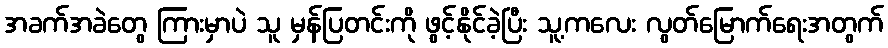
အခက်အခဲတွေ ကြားမှာပဲ သူ မှန်ပြတင်းကို ဖွင့်နိုင်ခဲ့ပြီး သူ့ကလေး လွတ်မြောက်ရေးအတွက်